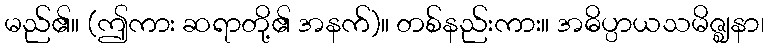
မည်၏။ (ဤကား ဆရာတို့၏ အနက်)။ တစ်နည်းကား။ အဓိပ္ပာယသမိဇ္ဈနာ၊